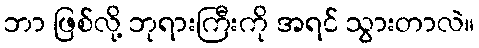
ဘာ ဖြစ်လို့ ဘုရားကြီးကို အရင် သွားတာလဲ။